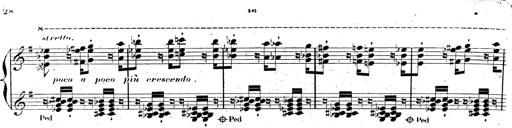
Title: AnnÃ©es de pÃ¨lerinage II, SupplÃ©ment
Composer: Franz Liszt